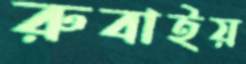
রুবাইয়